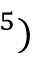
^ 5 )